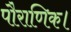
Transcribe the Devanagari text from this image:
पौराणिक।